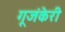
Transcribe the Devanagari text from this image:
गूजंकेरी